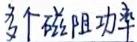
多个磁阻功率